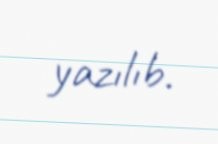
yazılıb.